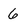
Character: 6